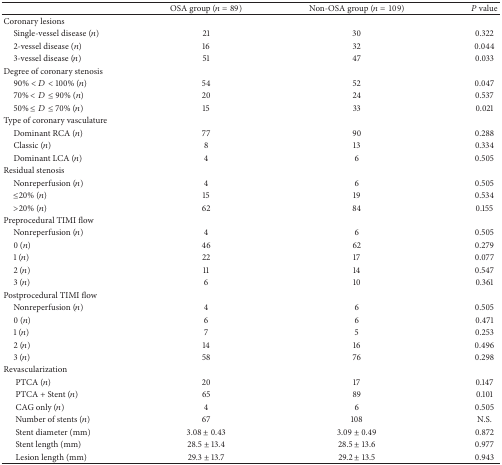
<table><thead><tr><td><b> </b></td><td><b>OSA group (<i>n</i> = 89)</b></td><td><b>Non-OSA group (<i>n</i> = 109)</b></td><td><b><i>P</i> value</b></td></tr></thead><tbody><tr><td>Coronary lesions</td><td> </td><td> </td><td> </td></tr><tr><td> Single-vessel disease (<i>n</i>)</td><td>21</td><td>30</td><td>0.322</td></tr><tr><td> 2-vessel disease (<i>n</i>)</td><td>16</td><td>32</td><td>0.044</td></tr><tr><td> 3-vessel disease (<i>n</i>)</td><td>51</td><td>47</td><td>0.033</td></tr><tr><td>Degree of coronary stenosis</td><td> </td><td> </td><td> </td></tr><tr><td> 90% &lt; <i>D</i> &lt; 100% (<i>n</i>)</td><td>54</td><td>52</td><td>0.047</td></tr><tr><td> 70% &lt; <i>D</i> ≤ 90% (<i>n</i>)</td><td>20</td><td>24</td><td>0.537</td></tr><tr><td> 50% ≤ <i>D</i> ≤ 70% (<i>n</i>)</td><td>15</td><td>33</td><td>0.021</td></tr><tr><td>Type of coronary vasculature</td><td> </td><td> </td><td> </td></tr><tr><td> Dominant RCA (<i>n</i>)</td><td>77</td><td>90</td><td>0.288</td></tr><tr><td> Classic (<i>n</i>)</td><td>8</td><td>13</td><td>0.334</td></tr><tr><td> Dominant LCA (<i>n</i>)</td><td>4</td><td>6</td><td>0.505</td></tr><tr><td>Residual stenosis</td><td> </td><td> </td><td> </td></tr><tr><td> Nonreperfusion (<i>n</i>)</td><td>4</td><td>6</td><td>0.505</td></tr><tr><td> ≤20% (<i>n</i>)</td><td>15</td><td>19</td><td>0.534</td></tr><tr><td> &gt;20% (<i>n</i>)</td><td>62</td><td>84</td><td>0.155</td></tr><tr><td>Preprocedural TIMI flow</td><td> </td><td> </td><td> </td></tr><tr><td> Nonreperfusion (<i>n</i>)</td><td>4</td><td>6</td><td>0.505</td></tr><tr><td> 0 (<i>n</i>)</td><td>46</td><td>62</td><td>0.279</td></tr><tr><td> 1 (<i>n</i>)</td><td>22</td><td>17</td><td>0.077</td></tr><tr><td> 2 (<i>n</i>)</td><td>11</td><td>14</td><td>0.547</td></tr><tr><td> 3 (<i>n</i>)</td><td>6</td><td>10</td><td>0.361</td></tr><tr><td>Postprocedural TIMI flow</td><td> </td><td> </td><td> </td></tr><tr><td> Nonreperfusion (<i>n</i>)</td><td>4</td><td>6</td><td>0.505</td></tr><tr><td> 0 (<i>n</i>)</td><td>6</td><td>6</td><td>0.471</td></tr><tr><td> 1 (<i>n</i>)</td><td>7</td><td>5</td><td>0.253</td></tr><tr><td> 2 (<i>n</i>)</td><td>14</td><td>16</td><td>0.496</td></tr><tr><td> 3 (<i>n</i>)</td><td>58</td><td>76</td><td>0.298</td></tr><tr><td>Revascularization</td><td> </td><td> </td><td> </td></tr><tr><td>PTCA (<i>n</i>) </td><td>20</td><td>17</td><td>0.147</td></tr><tr><td>PTCA + Stent (<i>n</i>) </td><td>65</td><td>89</td><td>0.101</td></tr><tr><td>CAG only (<i>n</i>) </td><td>4</td><td>6</td><td>0.505</td></tr><tr><td>Number of stents (<i>n</i>) </td><td>67</td><td>108</td><td>N.S.</td></tr><tr><td>Stent diameter (mm) </td><td>3.08 ± 0.43</td><td>3.09 ± 0.49</td><td>0.872</td></tr><tr><td>Stent length (mm) </td><td>28.5 ± 13.4</td><td>28.5 ± 13.6</td><td>0.977</td></tr><tr><td>Lesion length (mm) </td><td>29.3 ± 13.7</td><td>29.2 ± 13.5</td><td>0.943</td></tr></tbody></table>